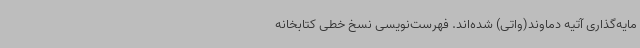
مایه‌گذاری آتیه دماوند(واتی) شده‌اند. فهرست‌نویسی نسخ خطی کتابخانه